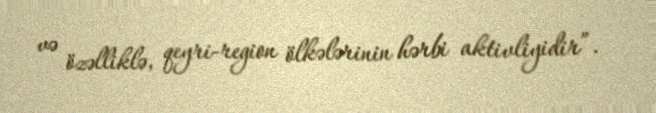
və özəlliklə, qeyri-region ölkələrinin hərbi aktivliyidir”.